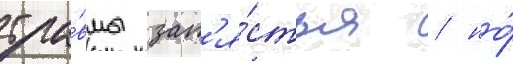
тра́вмы зап'я́стья / но́